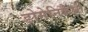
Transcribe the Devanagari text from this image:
डोमेनिकैली